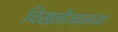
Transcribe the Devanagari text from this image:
चिखलीजवळच्या